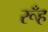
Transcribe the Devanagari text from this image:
रूँह